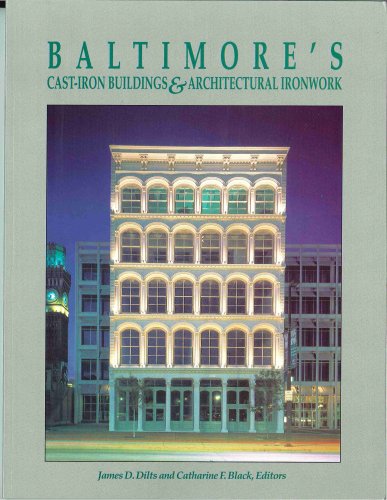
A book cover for Baltimore's Cast-Iron Buildings and Architectural Ironwork; James D. Dilts; Travel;